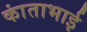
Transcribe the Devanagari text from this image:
कांताभाई